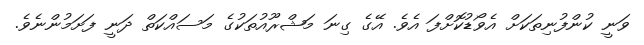
ވަނީ ކުންފުނިތަކަށް އެވޯޑުކޮށްފަ އެވެ. އޭގެ ގިނަ މަޝްރޫއުތަކުގެ މަސައްކަތް ދަނީ ފަށަމުންނެވެ.